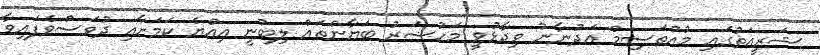
ޝަރީއަތުގައި މުއުތަސިމް އަދުނާނު ވިދާޅުވީ މަހުޟަރު ބަޔާންތައް ލިބުނީ އިއްޔެ ކަމަށާއި ދުވަސްވެފައިވާ